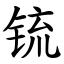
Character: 锍